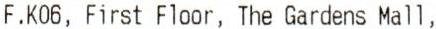
F.K06, FIRST FLOOR, THE GARDENS MALL,